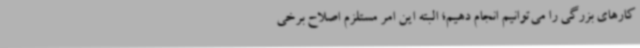
کارهای بزرگی را می‌توانیم انجام دهیم؛ البته این امر مستلزم اصلاح برخی